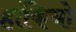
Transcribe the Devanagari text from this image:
हांकियो